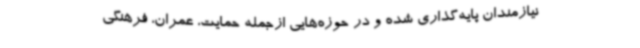
نیازمندان پایه‌گذاری شده و در حوزه‌هایی ازجمله حمایت، عمران، فرهنگی